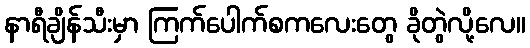
နာရီချိန်သီးမှာ ကြက်ပေါက်စကလေးတွေ ခိုတွဲလို့လေ။